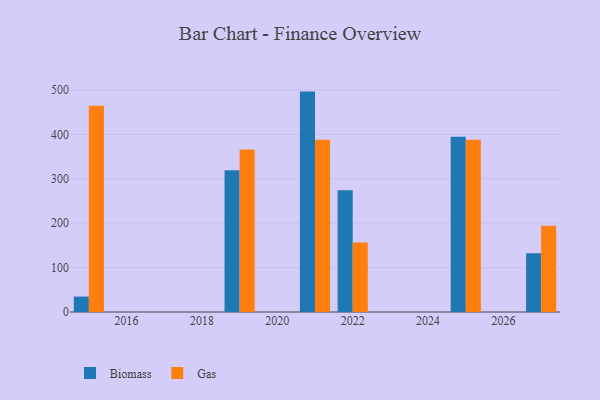
{"axis": {"x": "Year", "y": "Backlog"}, "legend": ["Biomass", "Gas"], "data": [{"x": "2022", "y": 274.1, "type": "Biomass"}, {"x": "2022", "y": 156.3, "type": "Gas"}, {"x": "2015", "y": 34.7, "type": "Biomass"}, {"x": "2015", "y": 464.7, "type": "Gas"}, {"x": "2021", "y": 496.3, "type": "Biomass"}, {"x": "2021", "y": 388.0, "type": "Gas"}, {"x": "2027", "y": 132.3, "type": "Biomass"}, {"x": "2027", "y": 194.2, "type": "Gas"}, {"x": "2025", "y": 394.4, "type": "Biomass"}, {"x": "2025", "y": 387.9, "type": "Gas"}, {"x": "2019", "y": 319.0, "type": "Biomass"}, {"x": "2019", "y": 365.9, "type": "Gas"}]}